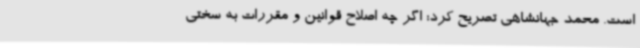
است. محمد جهانشاهی تصریح کرد: اگر چه اصلاح قوانین و مقررات به سختی